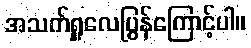
အသက်ရှူလေပြွန်ကြောင့်ပါ။